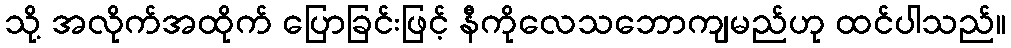
သို့ အလိုက်အထိုက် ပြောခြင်းဖြင့် နီကိုလေသဘောကျမည်ဟု ထင်ပါသည်။